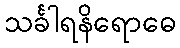
သင်္ခါရနိရောဓေ